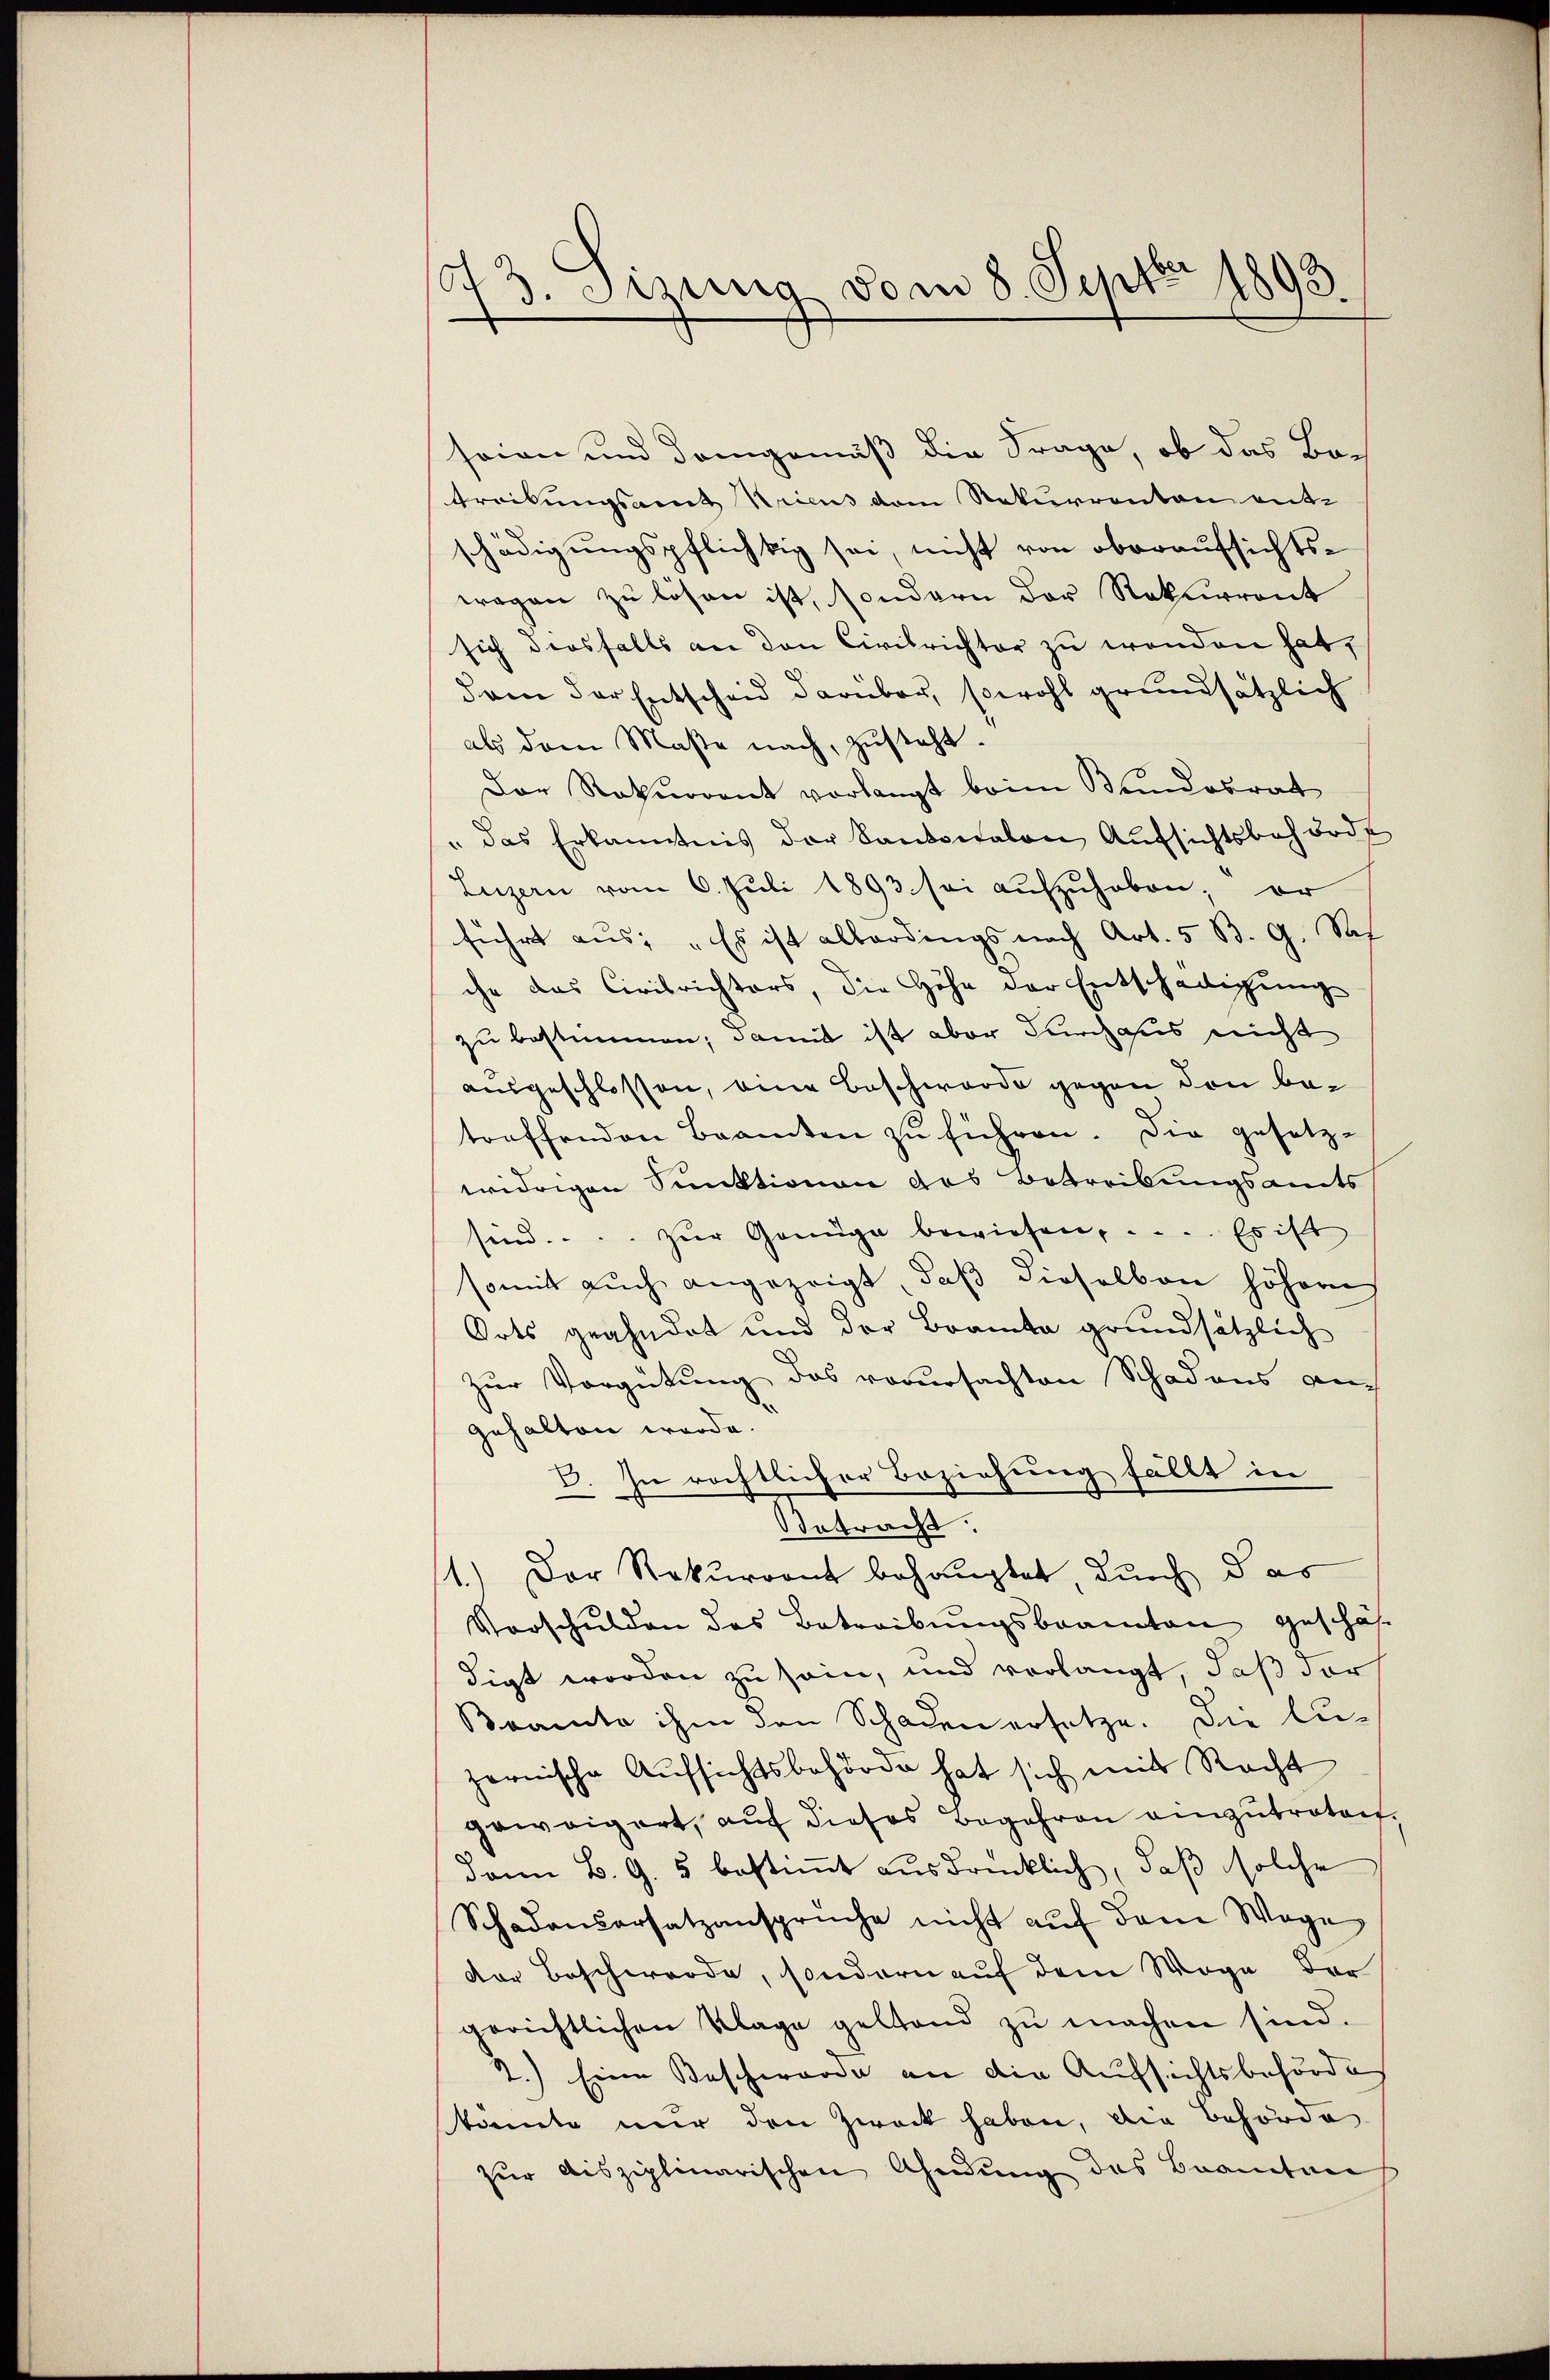
.
73. Setzung vom 8. Sept 1893.

seien und demgemäß die Frage, ob das Be¬
Treibungsamt Kricus dem Rekurrenten ent-
schädigungspflichtig sei, nicht von oberaufsichts-
wegen zu lösen ist, sondern der Rekurrent
sich diesfalls an den Civilrichter zu wenden hat,
dam der Entscheid darüber, sowohl grundsätzlich
als dann Maße nach, zusteht.
Der Rekurrent vorlangt beim Bundesrat
" das Erkanntnis der Santonalen Aŭfsichtsbehörde
Luzern vom 6. Juli 1893 sei aŭfzŭhoben; er
führt aus: „Es ist allerdings nach Art. 5 B. G. Sach
che das Civilrichters, die Höhe der Entschädigung
zu bestimmen, damit ist aber durchaus nicht
ausgeschlossen, eine Beschwerde gegen den betroffenden Beamten zŭ führen. Die gesetz-
widrigen Sunktionen des Betreibungsamts
sind.... zŭr Genüge bewiesen, . . .. Es ist
somit auch angezeigt, daβ dieselben höheren
Orts geahndet und der Beamte grundsätzlich
zur Vorgütung das vorursachten Schadens am
gehalten werde.
V. In rechtlicher Beziehung fällt in
Betracht.
1.) Der Rekurront behauptet, durch das
Vorschulden des Betreibungsbeamten geschäf-
digt worden zu sein, und verlangt, daß der
Bramte ihm den Schaden ersetze. Die Luzornische Aufsichtsbehörde hat sich mit Recht
geweigert, auf dieses Begehren einzutretent.
dann B. G. 5 bestimmt ausdrücklich, daß solche
Schadensersatzansprüche nicht aŭf dem Wage
dor Beschwerde, sondern auf dem Wege der
gerichtlichen Klage geltend zŭ machen sind.
2.) Eine Beschwerde an die Aufsichtsbehörde
konnte nur den Zweck haben, die Behörde
zur bisziplinarischen Ahndung des Branten